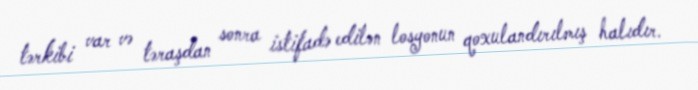
tərkibi var və təraşdan sonra istifadə edilən losyonun qoxulandırılmış halıdır.